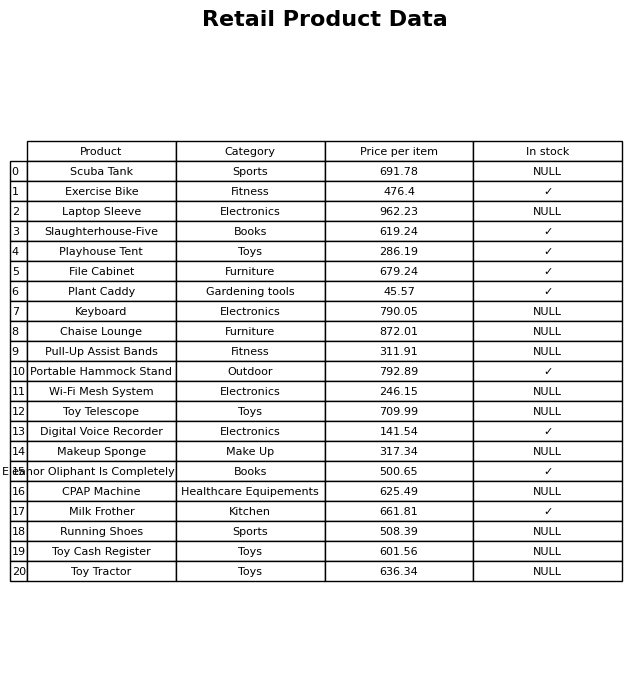
question: What is the price of the Toy Telescope?
answer: The price of Toy Telescope is 709.99.